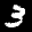
Label: 3